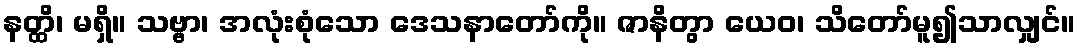
နတ္ထိ၊ မရှိ။ သဗ္ဗာ၊ အလုံးစုံသော ဒေသနာတော်ကို။ ဇာနိတွာ ယေဝ၊ သိတော်မူ၍သာလျှင်။